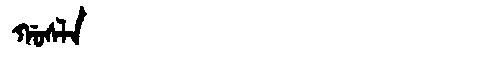
Manchu: ᡤᠣᠰᠯᠠ
Romanization: GOSLA